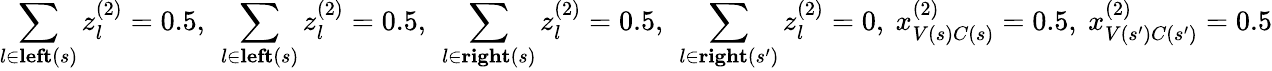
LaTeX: \sum_{l\in\textbf{left}(s)}z_{l}^{(2)}=0.5,~\sum_{l\in\textbf{left}(s)}z_{l}^{(2)}=0.5,~\sum_{l\in\textbf{right}(s)}z_{l}^{(2)}=0.5,~\sum_{l\in\textbf{right}(s^{\prime})}z_{l}^{(2)}=0,~x_{V(s)C(s)}^{(2)}=0.5,~x_{V(s^{\prime})C(s^{\prime})}^{(2)}=0.5